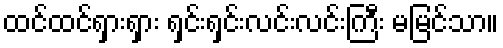
ထင်ထင်ရှားရှား ရှင်းရှင်းလင်းလင်းကြီး မမြင်သာ။